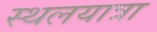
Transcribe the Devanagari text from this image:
स्थलयात्रा